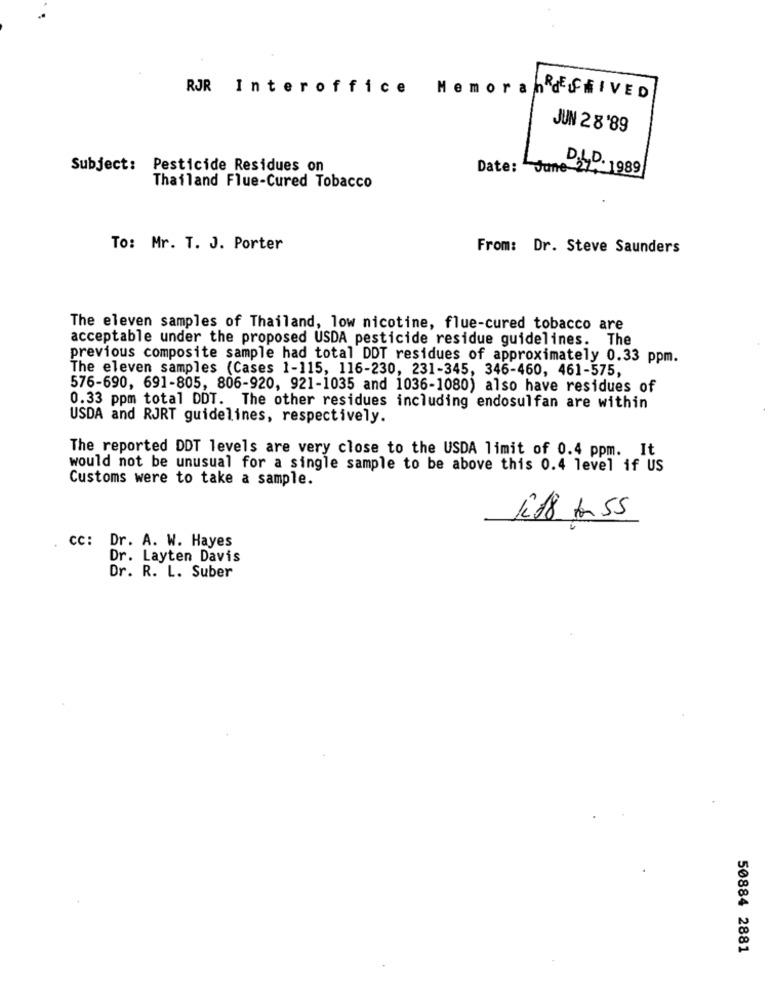
RJR Interoffice
Memoran diffiVED
JUN 28'89
Subject: Pesticide Residues on
Date: "June 2
DILD. 1989
Thailand Flue-Cured Tobacco
To: Mr. T. J. Porter
From: Dr. Steve Saunders
The eleven samples of Thailand, low nicotine, flue-cured tobacco are
acceptable under the proposed USDA pesticide residue guidelines. The
previous composite sample had total DDT residues of approximately 0.33 ppm.
The eleven samples (Cases 1-115, 116-230, 231-345, 346-460, 461-575,
576-690, 691-805, 806-920, 921-1035 and 1036-1080) also have residues of
0.33 ppm total DDT. The other residues including endosulfan are within
USDA and RJRT guidelines, respectively.
The reported DDT levels are very close to the USDA limit of 0.4 ppm. It
would not be unusual for a single sample to be above this 0.4 level if US
Customs were to take a sample.
1218 1 55
cc: Dr. A. W. Hayes
Dr. Layten Davis
Dr. R. L. Suber
50884 2881